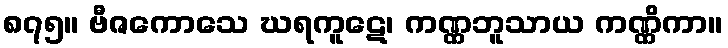
၈၇၅။ ဗီဇကောသေ ဃရကူဋေ၊ ကဏ္ဏဘူသာယ ကဏ္ဏိကာ။